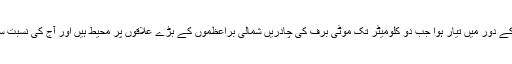
sapiens ہومو پچھلے چند ملین سالوں میں بڑے پیمانے پر برف کے دور میں تیار ہوا جب دو کلومیٹر تک موٹی برف کی چادریں شمالی براعظموں کے بڑے علاقوں پر محیط ہیں اور آج کی نسبت سمندر کی سطح 100 میٹر سے بھی کم ہے۔